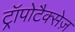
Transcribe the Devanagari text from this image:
ट्रॉपोटैक्सेज़